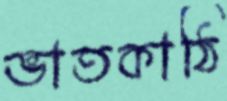
ভাতকাঠি